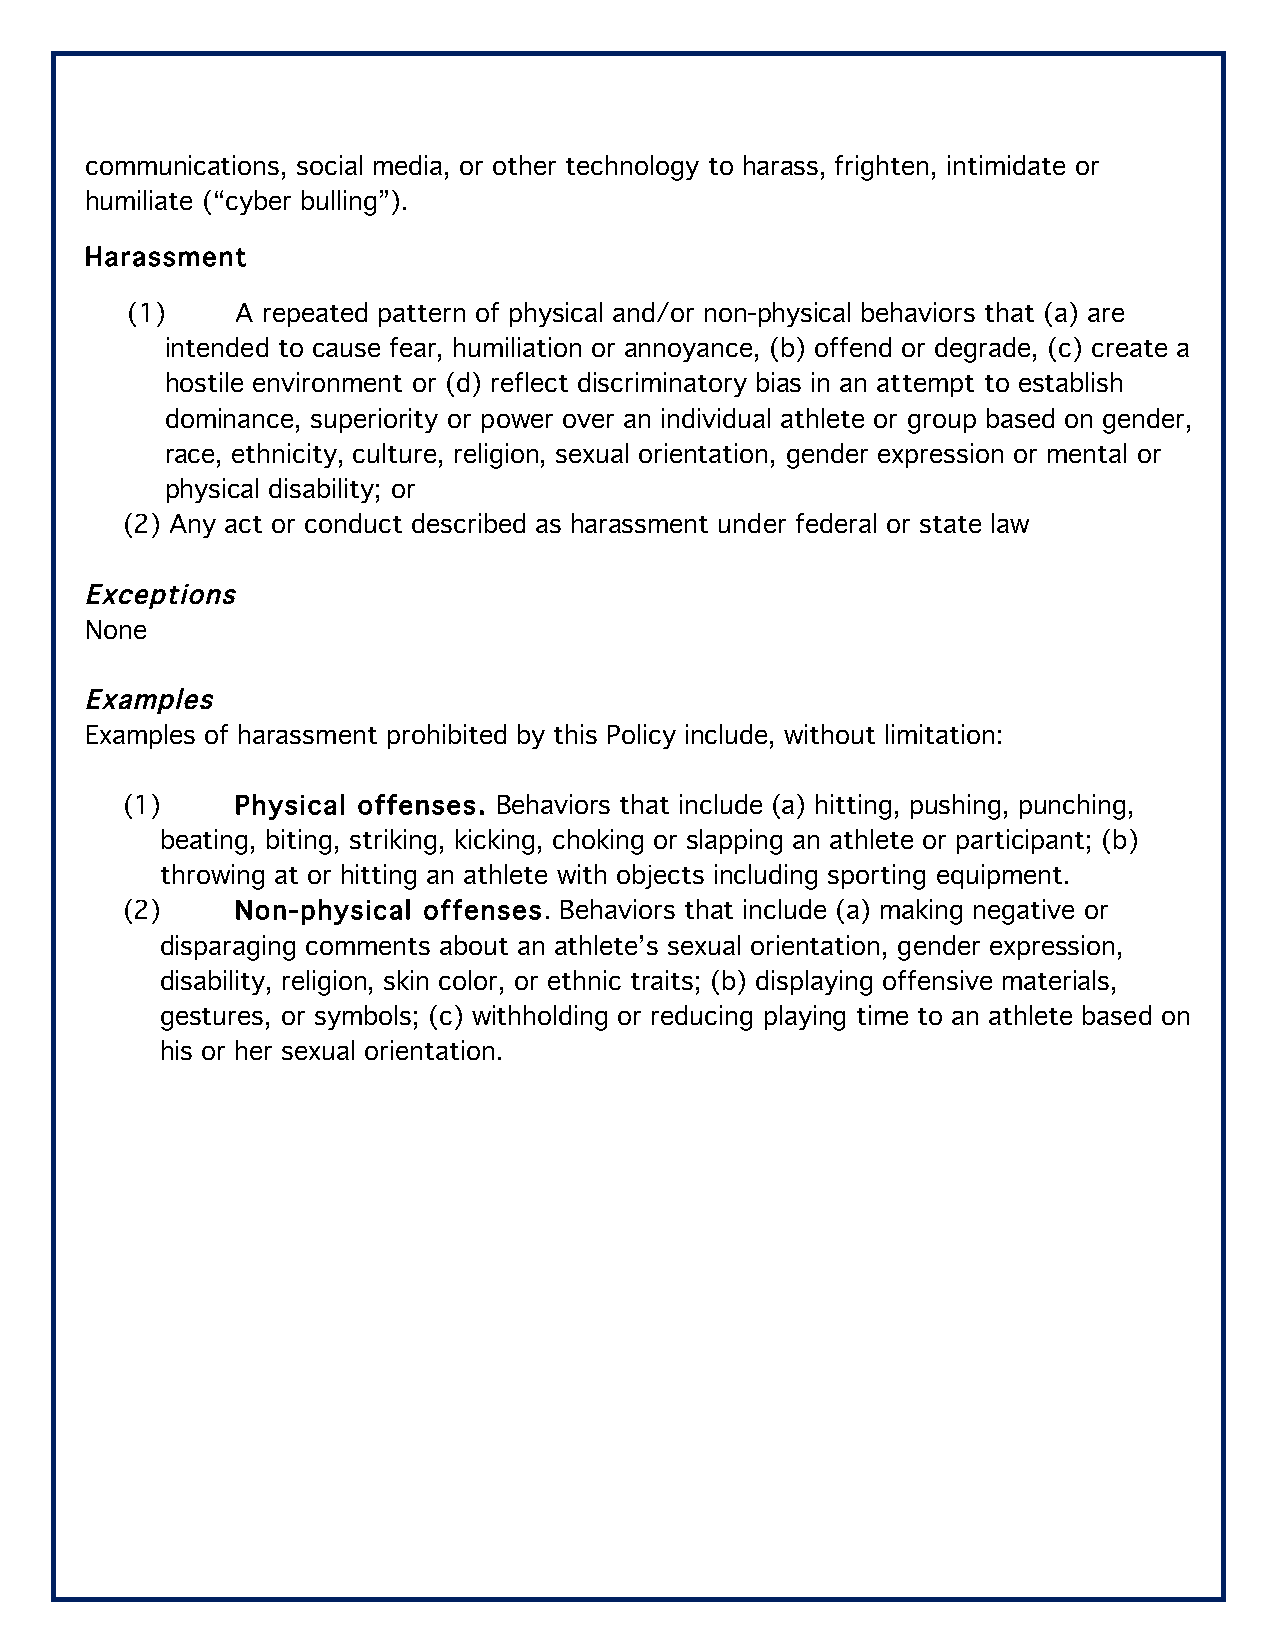
communications, social media, or other technology to harass, frighten, intimidate or
 humiliate (“cyber bulling”).
 Harassment
 (1)     A repeated pattern of physical and/or non-physical behaviors that (a) are
 intended to cause fear, humiliation or annoyance, (b) offend or degrade, (c) create a
 hostile environment or (d) reflect discriminatory bias in an attempt to establish
 dominance, superiority or power over an individual athlete or group based on gender,
 race, ethnicity, culture, religion, sexual orientation, gender expression or mental or
 physical disability; or
 (2) Any act or conduct described as harassment under federal or state law
 Exceptions
 None
 Examples
 Examples of harassment prohibited by this Policy include, without limitation:
 (1)     Physical offenses. Behaviors that include (a) hitting, pushing, punching,
 beating, biting, striking, kicking, choking or slapping an athlete or participant; (b)
 throwing at or hitting an athlete with objects including sporting equipment.
 (2)     Non-physical offenses. Behaviors that include (a) making negative or
 disparaging comments about an athlete’s sexual orientation, gender expression,
 disability, religion, skin color, or ethnic traits; (b) displaying offensive materials,
 gestures, or symbols; (c) withholding or reducing playing time to an athlete based on
 his or her sexual orientation.